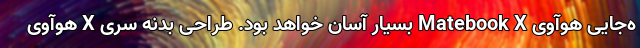
ه‌جایی هوآوی Matebook X بسیار آسان خواهد بود. طراحی بدنه سری X هوآوی